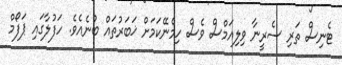
ޓެނިސް ތަރި ސެރީނާ ވިލިއަމްސް ވެސް ހިމެނޭކަމަށް ޚަބަރުތައް ބުނެއެވެ. ހަފުލާގައި ޕަފޯމް